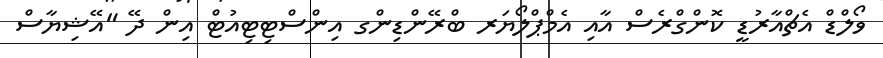
ވޯލްޑް އެޗްއާރުޑީ ކޮންގްރެސް އާއި އެމްޕްލޯޔަރ ބްރޭންޑިންގ އިންސްޓިޓިއުޓް އިން ދޭ "އޭޝިޔާސް